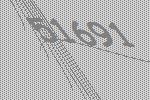
51691